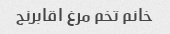
خانم تخم مرغ اقابرنج